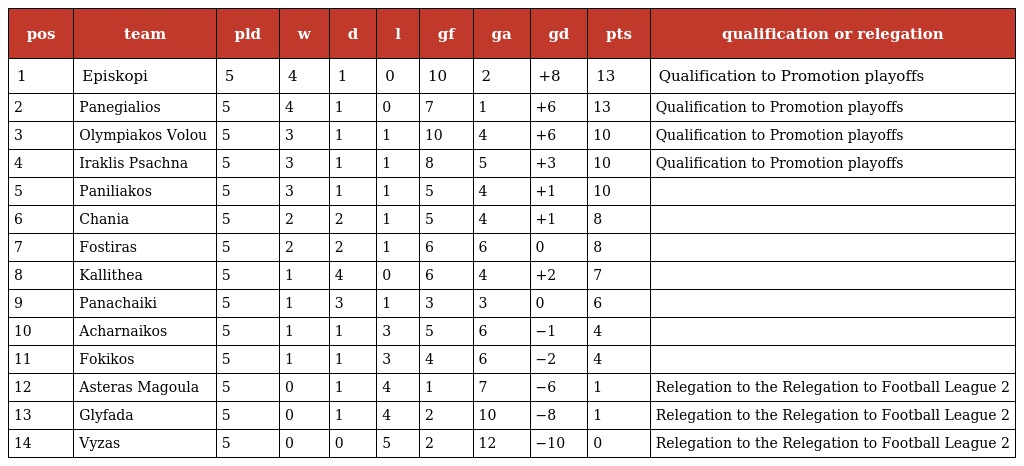
| pos | team | pld | w | d | l | gf | ga | gd | pts | qualification or relegation |
 | --- | --- | --- | --- | --- | --- | --- | --- | --- | --- | --- |
 | 1 | Episkopi | 5 | 4 | 1 | 0 | 10 | 2 | +8 | 13 | Qualification to Promotion playoffs |
 | 2 | Panegialios | 5 | 4 | 1 | 0 | 7 | 1 | +6 | 13 | Qualification to Promotion playoffs |
 | 3 | Olympiakos Volou | 5 | 3 | 1 | 1 | 10 | 4 | +6 | 10 | Qualification to Promotion playoffs |
 | 4 | Iraklis Psachna | 5 | 3 | 1 | 1 | 8 | 5 | +3 | 10 | Qualification to Promotion playoffs |
 | 5 | Paniliakos | 5 | 3 | 1 | 1 | 5 | 4 | +1 | 10 |  |
 | 6 | Chania | 5 | 2 | 2 | 1 | 5 | 4 | +1 | 8 |  |
 | 7 | Fostiras | 5 | 2 | 2 | 1 | 6 | 6 | 0 | 8 |  |
 | 8 | Kallithea | 5 | 1 | 4 | 0 | 6 | 4 | +2 | 7 |  |
 | 9 | Panachaiki | 5 | 1 | 3 | 1 | 3 | 3 | 0 | 6 |  |
 | 10 | Acharnaikos | 5 | 1 | 1 | 3 | 5 | 6 | −1 | 4 |  |
 | 11 | Fokikos | 5 | 1 | 1 | 3 | 4 | 6 | −2 | 4 |  |
 | 12 | Asteras Magoula | 5 | 0 | 1 | 4 | 1 | 7 | −6 | 1 | Relegation to the Relegation to Football League 2 |
 | 13 | Glyfada | 5 | 0 | 1 | 4 | 2 | 10 | −8 | 1 | Relegation to the Relegation to Football League 2 |
 | 14 | Vyzas | 5 | 0 | 0 | 5 | 2 | 12 | −10 | 0 | Relegation to the Relegation to Football League 2 |